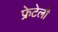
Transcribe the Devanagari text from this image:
फ्रेटेली